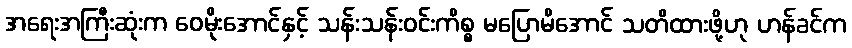
အရေးအကြီးဆုံးက ဝေမိုးအောင်နှင့် သန်းသန်းဝင်းကိစ္စ မပြောမိအောင် သတိထားဖို့ဟု ဟန်ခင်က